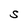
Character: S